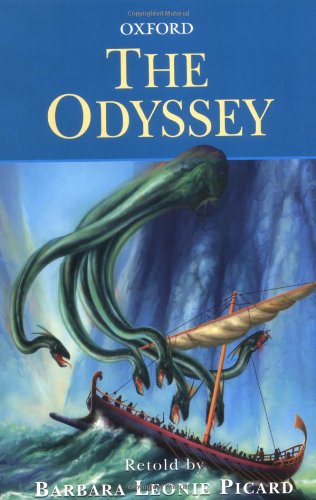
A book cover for The Odyssey of Homer (Oxford Myths & Legends); Teen & Young Adult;